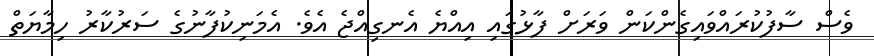
ވެސް ސާފުކުރައްވައިގެންކަން ވަރަށް ފާޅުގައި އިއްޔެ އެނގިއްޖެ އެވެ. އެމަނިކުފާނުގެ ސަރުކާރު ހިމާޔަތް